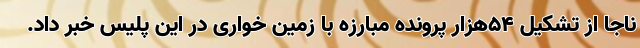
ناجا از تشکیل ۵۴هزار پرونده مبارزه با زمین خواری در این پلیس خبر داد.